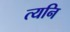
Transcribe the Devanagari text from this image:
त्यनि